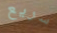
سريع